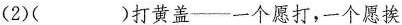
(2)( )打黄盖—一个愿打，一个愿挨